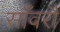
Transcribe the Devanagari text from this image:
साँवरौ